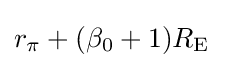
r_{\pi }+(\beta _{0}+1)R_{\text{E}}\